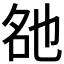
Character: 𬼨